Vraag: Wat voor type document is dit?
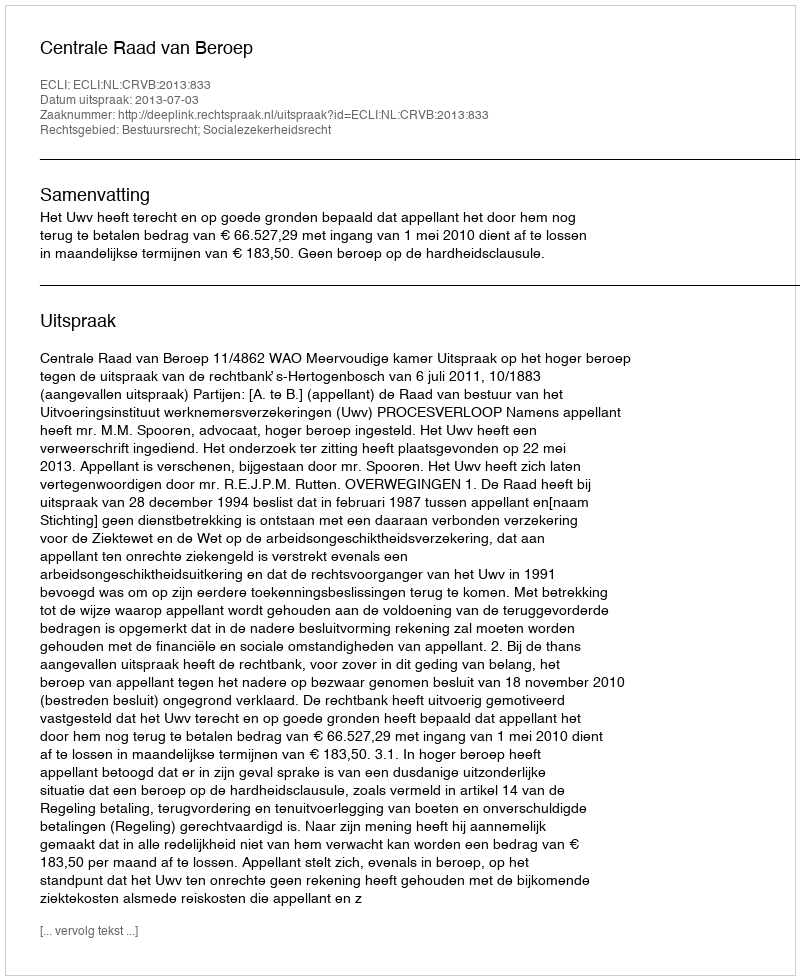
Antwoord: Uitspraak